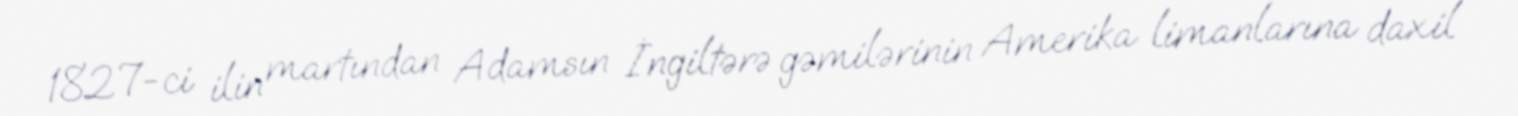
1827-ci ilin martından Adamsın İngiltərə gəmilərinin Amerika limanlarına daxil